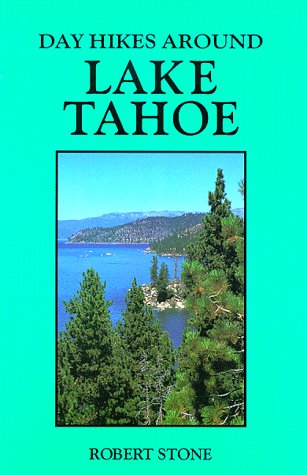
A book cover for Day Hikes Around Lake Tahoe; Robert Stone; Travel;